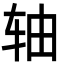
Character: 轴